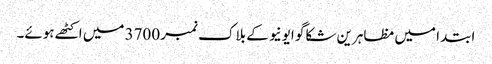
ابتدا میں مظاہرین شکاگو ایونیو کے بلاک نمبر 3700 میں اکٹھے ہوئے۔